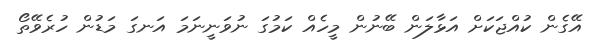
އޭގެން ކުއްޖަކަށް އަޅާލަން ބޭނުން މީހެއް ކަމުގަ ނުވަނީނަމަ އަނގަ މަޑުން ހުރެވޭތޯ